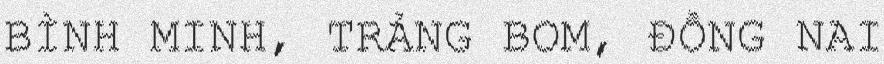
BÌNH MINH, TRẢNG BOM, ĐỒNG NAI